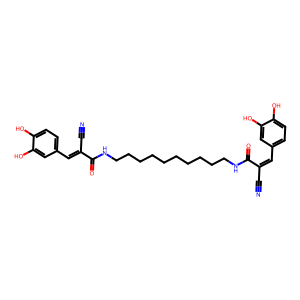
SMILES: N#CC(=Cc1ccc(O)c(O)c1)C(=O)NCCCCCCCCCCNC(=O)C(C#N)=Cc1ccc(O)c(O)c1
Inhibits HIV replication: No